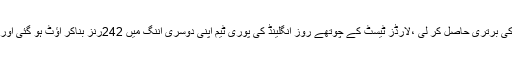
پاکستان نے لارڈز ٹیسٹ نو وکٹوں سے جیت کر سیریز میں ایک صفر کی برتری حاصل کر لی ،لارڈز ٹیسٹ کے چوتھے روز انگلینڈ کی پوری ٹیم اپنی دوسری اننگ میں 242رنز بناکر آؤٹ ہو گئی اور پاکستان کو تاریخی کامیابی حاصل کرنے کے لئے 64 رنزکا ہدف دیا۔